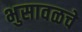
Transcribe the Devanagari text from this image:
भुसावळचे